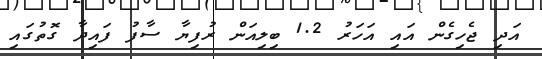
އަދި ޖެހިގެން އައި އަހަރު 1.2 ބިލިއަން ރުފިޔާ ސާފު ފައިދާ ގޮތުގައި